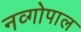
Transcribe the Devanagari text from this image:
नव्गोपाल